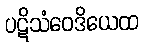
ပဋိသံဝေဒိယေထ